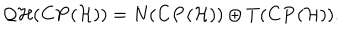
{ \cal Q H } ( { \bf C P } ( { \cal H } ) ) = N ( { \bf C P } ( { \cal H } ) ) \oplus T ( { \bf C P } ( { \cal H } ) ) .